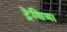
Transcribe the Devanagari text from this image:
ट्रेशिया